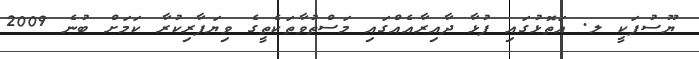
ޔޫސުފަކީ ލ. އަތޮޅުގައި ފުޅާ ދާއިރާއެއްގައި މަސްތުވާތަކެތީގެ ވިޔަފާރިކުރާ ކަމަށް ބުނެ 2009